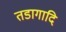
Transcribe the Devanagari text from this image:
तडागादि